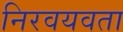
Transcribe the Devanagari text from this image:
निरवयवता